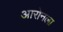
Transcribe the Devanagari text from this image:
आरोनला